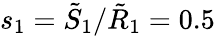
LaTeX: s_{1}=\tilde{S}_{1}/\tilde{R}_{1}=0.5